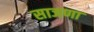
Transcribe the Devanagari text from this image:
साजणा